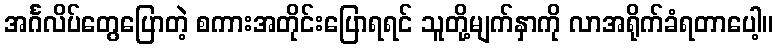
အင်္ဂလိပ်တွေပြောတဲ့ စကားအတိုင်းပြောရရင် သူတို့မျက်နှာကို လာအရိုက်ခံရတာပေါ့။